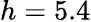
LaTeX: h=5.4